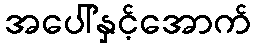
အပေါ်နှင့်အောက်